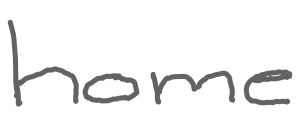
Text: home
Cross-out: clean
Writing tool: digital_gray